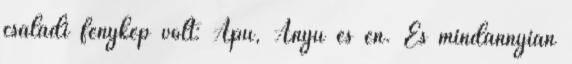
családi fénykép volt: Apu, Anyu és én. És mindannyian